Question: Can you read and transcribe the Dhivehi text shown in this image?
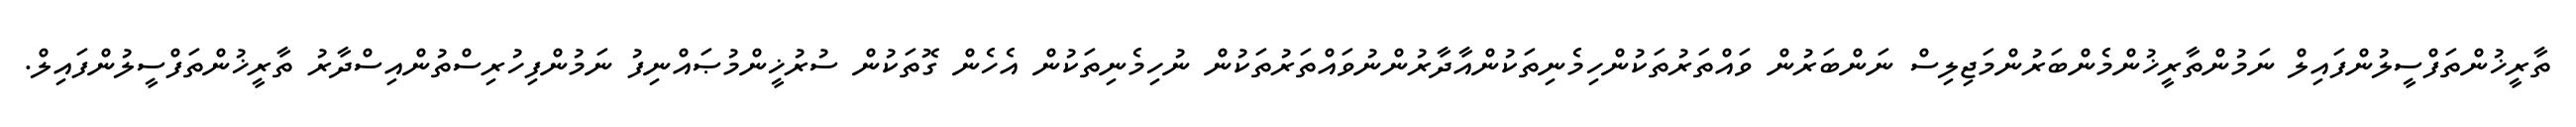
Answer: ތާރީޚުންތަފްސީލުންފައިލް ނަމުންތާރީޚުންމެންބަރުންމަޖިލިސް ނަންބަރުން ވައްތަރުތަކުންހިމެނިތަކުންއާދާރުންނުވައްތަރުތަކުން ނުހިމެނިތަކުން އެހެން ގޮތަކުން ސުރުޚީންމުޞައްނިފު ނަމުންފިހުރިސްތުންއިސްދާރު ތާރީޚުންތަފްސީލުންފައިލް.